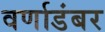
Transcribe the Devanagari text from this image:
वर्णाडंबर